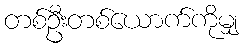
တစ်ဦးတစ်ယောက်ကိုမျှ